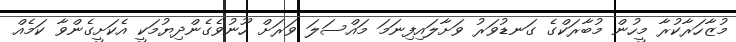
މުޒާހަރާކުރާ މީހުން މުބާރަކްގެ ގަނޑުވަރު ވަށާލައިފިނަމަ މައްސަލަ ވަރަށް ހޫނުވެގެންދިޔުމަކީ އެކަށީގެންވާ ކަމެއް